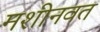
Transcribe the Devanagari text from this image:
मशीनवत